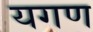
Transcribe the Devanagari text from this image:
यगण